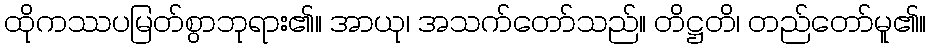
ထိုကဿပမြတ်စွာဘုရား၏။ အာယု၊ အသက်တော်သည်။ တိဋ္ဌတိ၊ တည်တော်မူ၏။